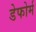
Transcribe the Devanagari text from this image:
डेफोर्म